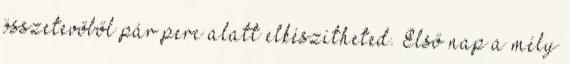
összetevőből pár perc alatt elkészítheted. Első nap a mély